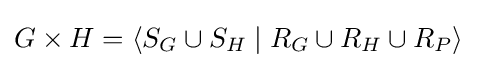
G\times H=\langle S_{G}\cup S_{H}\mid R_{G}\cup R_{H}\cup R_{P}\rangle